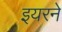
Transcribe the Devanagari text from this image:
इयरने